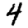
Digit: 4